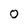
Character: 0